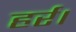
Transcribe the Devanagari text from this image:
हर्र।